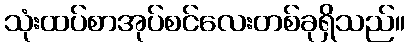
သုံးထပ်စာအုပ်စင်လေးတစ်ခုရှိသည်။